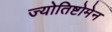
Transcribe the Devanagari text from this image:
ज्योतिष्टोमेन